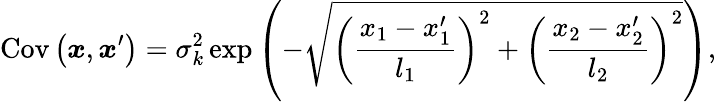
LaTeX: \operatorname{Cov}\left(\boldsymbol{x},\boldsymbol{x}^{\prime}\right)=\sigma_{k}^{2}\exp\left(-\sqrt{\left(\frac{x_{1}-x_{1}^{\prime}}{l_{1}}\right)^{2}+\left(\frac{x_{2}-x_{2}^{\prime}}{l_{2}}\right)^{2}}\right),